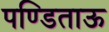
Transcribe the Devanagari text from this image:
पण्डिताऊ